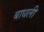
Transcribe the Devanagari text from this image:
बाधली